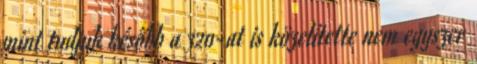
mint tudjuk később a 320-at is közelítette nem egyszer